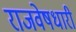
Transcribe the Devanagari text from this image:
राजवेषधारी